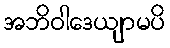
အဘိဝါဒေယျာမပိ